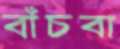
বাঁচবা